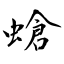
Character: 螥